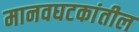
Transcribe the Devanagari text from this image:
मानवघटकांतील